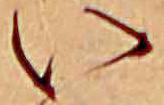
い